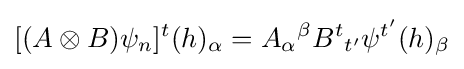
[(A\otimes B)\psi _{n}]^{t}(h)_{\alpha }=A_{\alpha }{}^{\beta }B^{t}{}_{t'}\psi ^{t'}(h)_{\beta }